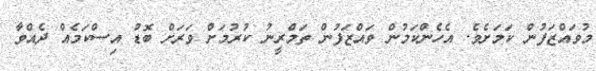
މުވައްޒަފުން ކަމަށެވެ. އެހެންކަމުން ވައްޒަފުން ތަމްރީނު ކުރުމަށް ވަރަށް ބޮޑު އިސްކަމެއް ދެއްވާ